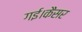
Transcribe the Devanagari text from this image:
गई।कैंसर